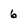
Character: 6